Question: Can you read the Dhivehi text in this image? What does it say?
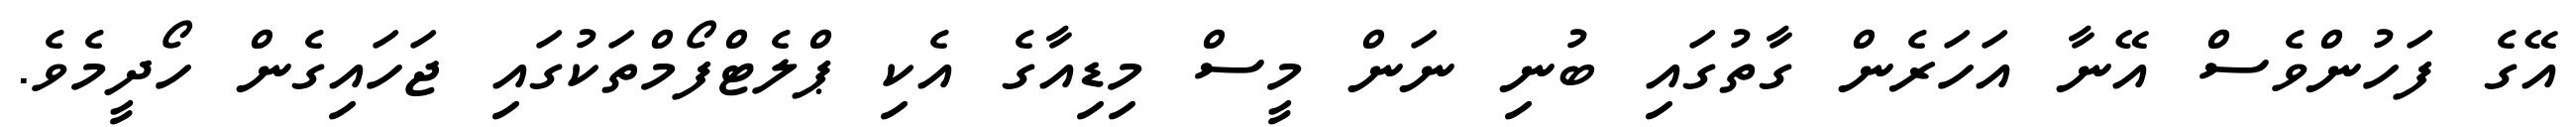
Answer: އޭގެ ފަހުންވެސް އޭނާ އަހަރެން ގާތުގައި ބުނި ނަން މީސް މިޑިއާގެ އެކި ޕްލެޓްފޯމްތަކުގައި ޖަހައިގެން ހޯދީމެވެ.